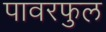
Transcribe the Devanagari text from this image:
पावरफुल